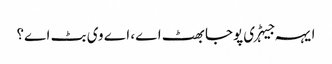
ایہہ جیہڑی پوجا بھٹ اے، اے وی بٹ اے؟